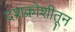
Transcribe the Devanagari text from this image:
दशक्रोशीतून